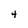
Character: 4